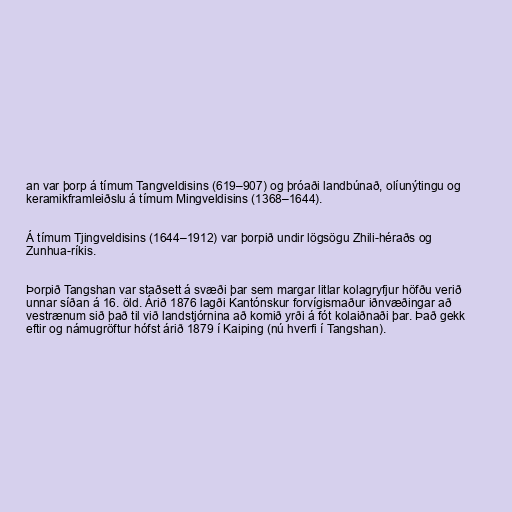
an var þorp á tímum Tangveldisins (619–907) og þróaði landbúnað, olíunýtingu og
keramikframleiðslu á tímum Mingveldisins (1368–1644).

Á tímum Tjingveldisins (1644–1912) var þorpið undir lögsögu Zhili-héraðs og
Zunhua-ríkis.

Þorpið Tangshan var staðsett á svæði þar sem margar litlar kolagryfjur höfðu verið
unnar síðan á 16. öld. Árið 1876 lagði Kantónskur forvígismaður iðnvæðingar að
vestrænum sið það til við landstjórnina að komið yrði á fót kolaiðnaði þar. Það gekk
eftir og námugröftur hófst árið 1879 í Kaiping (nú hverfi í Tangshan).